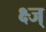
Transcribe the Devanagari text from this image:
क्ष्ज्